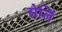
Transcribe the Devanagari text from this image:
सेलिं